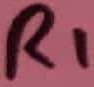
Text: R1